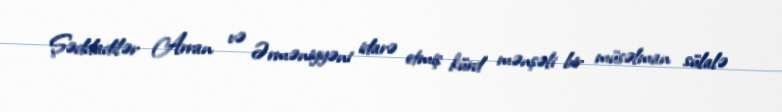
Şəddadilər Arran və Ərməniyyəni idarə etmiş kürd mənşəli bir müsəlman sülalə